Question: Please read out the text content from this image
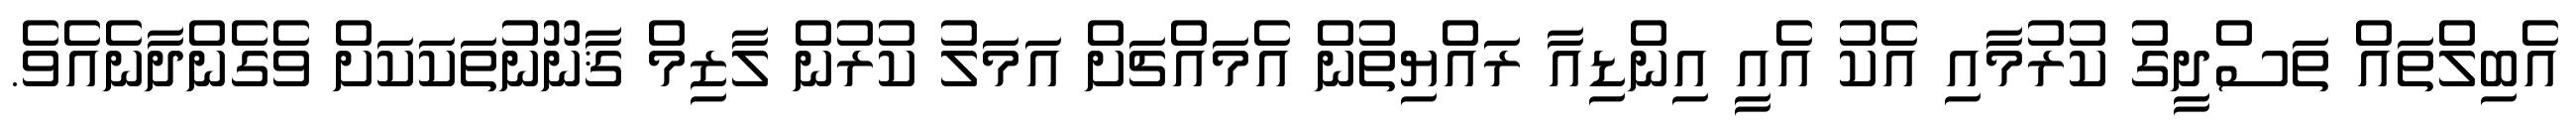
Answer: އެބިލްތައް ތަސްދީގު ކުރުމާއި އެކު އެއީ އިންޑިއާ ރައްޔިތުން އެމައްޗަށް އަމަލު ކުރުން ލާޒިމް ޤާނޫނުތަކަކަށް ވެގެންދާނެއެވެ.